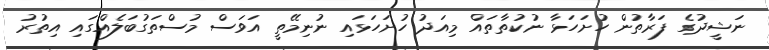
ނަޝީދުގެ ފަރާތުން ހުށަހަޅާ ނުކުތާތައް މިއަދު ހުށަހަޅައި ނުނިމޭތީ އަވަސް މުސްތަގުބަލެއްގައި އިތުރު